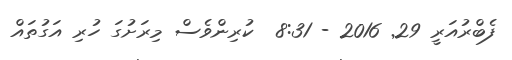
ފެބްރުއަރީ 29